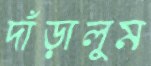
দাঁড়ালুম